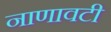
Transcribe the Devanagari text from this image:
नाणावटी